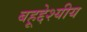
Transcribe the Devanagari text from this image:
बहूद्देश्यीय